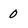
Character: 0